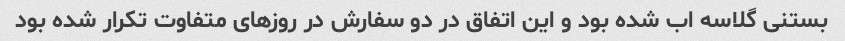
بستنی گلاسه اب شده بود و این اتفاق در دو سفارش در روزهای متفاوت تکرار شده بود